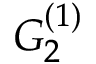
{ G } _ { 2 } ^ { ( 1 ) }